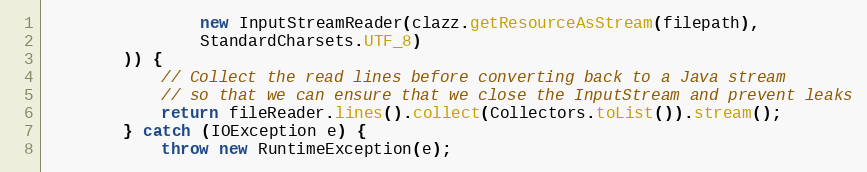
Language: Java
                new InputStreamReader(clazz.getResourceAsStream(filepath),
                StandardCharsets.UTF_8)
        )) {
            // Collect the read lines before converting back to a Java stream
            // so that we can ensure that we close the InputStream and prevent leaks
            return fileReader.lines().collect(Collectors.toList()).stream();
        } catch (IOException e) {
            throw new RuntimeException(e);